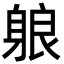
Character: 躴